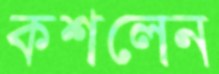
কশলেন